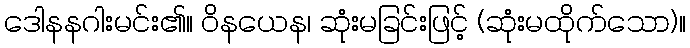
ဒေါနနဂါးမင်း၏။ ဝိနယေန၊ ဆုံးမခြင်းဖြင့် (ဆုံးမထိုက်သော)။